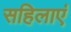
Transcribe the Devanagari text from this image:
सहिलाएं